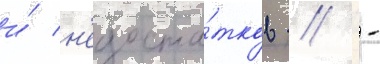
и́ н'едоста́тков // -